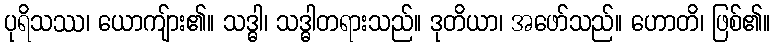
ပုရိသဿ၊ ယောကျ်ား၏။ သဒ္ဓါ၊ သဒ္ဓါတရားသည်။ ဒုတိယာ၊ အဖော်သည်။ ဟောတိ၊ ဖြစ်၏။